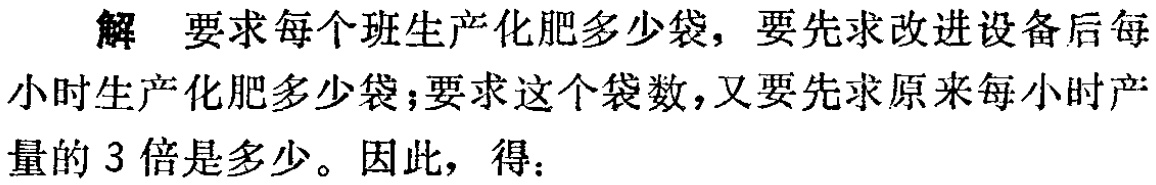
解 要求每个班生产化肥多少袋，要先求改进设备后每小时生产化肥多少袋；要求这个袋数，又要先求原来每小时产量的 3 倍是多少。因此，得：